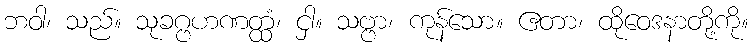
ဘဝါ၊ သည်။ သုခဂ္ဗဟဏတ္ထံ၊ ငှါ။ သဗ္ဗာ၊ ကုန်သော။ ဧတာ၊ ထိုဝေဒနာတို့ကို။